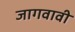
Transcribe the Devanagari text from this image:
जागवावी